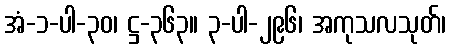
အံ-၁-ပါ-၃၀၊ ဋ္ဌ-၃၆၃။ ၃-ပါ-၂၉၆၊ အကုသလသုတ်၊